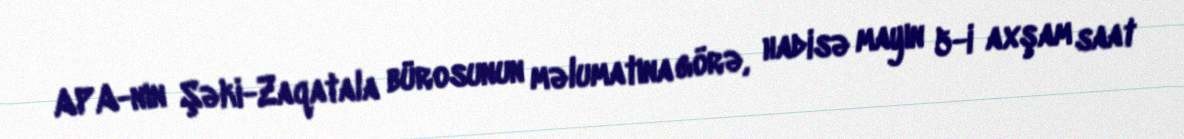
APA-nın Şəki-Zaqatala bürosunun məlumatına görə, hadisə mayın 5-i axşam saat